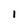
Character: 1